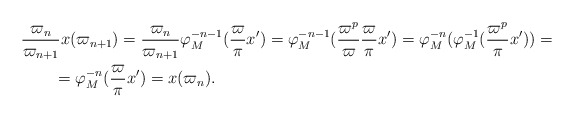
\begin{align*}&\frac{\varpi_n}{\varpi_{n+1}} x(\varpi_{n+1}) = \frac{\varpi_n}{\varpi_{n+1}} \varphi_M^{-n-1}(\frac\varpi\pi x') = \varphi_M^{-n-1}(\frac{\varpi^p}{\varpi} \frac\varpi\pi x') = \varphi_M^{-n}(\varphi_M^{-1}(\frac{\varpi^p}\pi x')) =\\&\qquad= \varphi_M^{-n}(\frac\varpi\pi x') = x(\varpi_n).\end{align*}